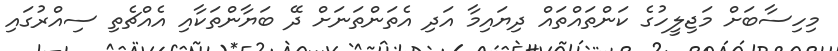
މިހިސާބަށް މަޖިލީހުގެ ކަންތައްތައް ދިޔައިމާ އަދި އެތަންތަނަށް ދޭ ބަޔާންތަކާއި އެއްޗެތި ސިއްރުގައި